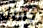
جبريل